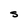
Character: S